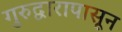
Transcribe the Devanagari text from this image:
गुरुद्वारापासून